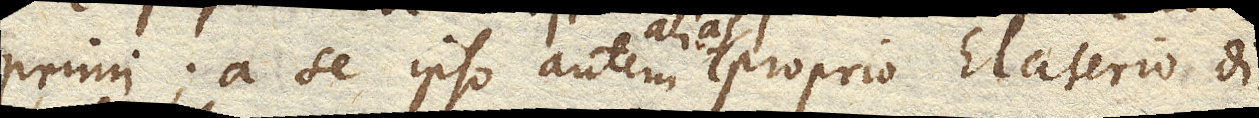
primi; a se ipso autem alias proprio Elaterio di–